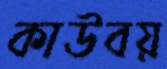
কাউবয়